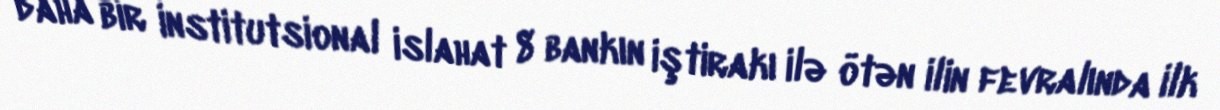
daha bir institutsional islahat 8 bankın iştirakı ilə ötən ilin fevralında ilk